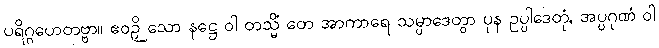
ပရိဂ္ဂဟေတဗ္ဗာ။ ဧဝဉှိ သော နဋ္ဌေ ဝါ တသ္မိံ တေ အာကာရေ သမ္ပာဒေတွာ ပုန ဥပ္ပါဒေတုံ, အပ္ပဂုဏံ ဝါ